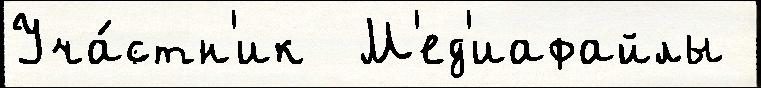
Уча́стн'ик  М'ед'иафайлы